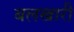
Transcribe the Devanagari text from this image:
बलखारी